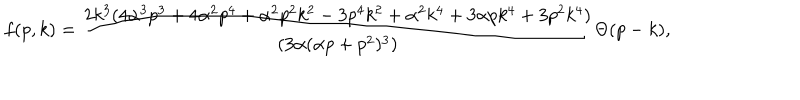
LaTeX: f ( p , k ) = { \frac { 2 k ^ { 3 } ( 4 \alpha ^ { 3 } p ^ { 3 } + 4 \alpha ^ { 2 } p ^ { 4 } + \alpha ^ { 2 } p ^ { 2 } k ^ { 2 } - 3 p ^ { 4 } k ^ { 2 } + \alpha ^ { 2 } k ^ { 4 } + 3 \alpha p k ^ { 4 } + 3 p ^ { 2 } k ^ { 4 } ) } { ( 3 \alpha ( \alpha p + p ^ { 2 } ) ^ { 3 } ) } } \Theta ( p - k ) ,